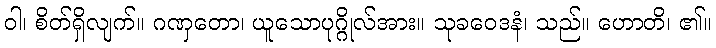
ဝါ၊ စိတ်ရှိလျက်။ ဂဏှတော၊ ယူသောပုဂ္ဂိုလ်အား။ သုခဝေဒနံ၊ သည်။ ဟောတိ၊ ၏။